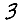
Digit: 3